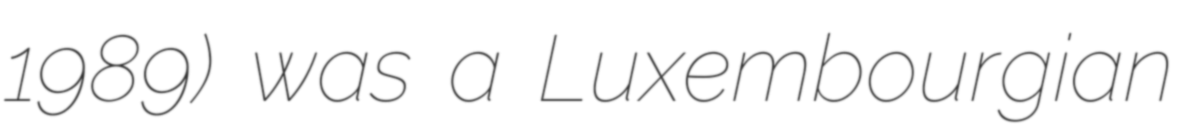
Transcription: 1989) was a Luxembourgian